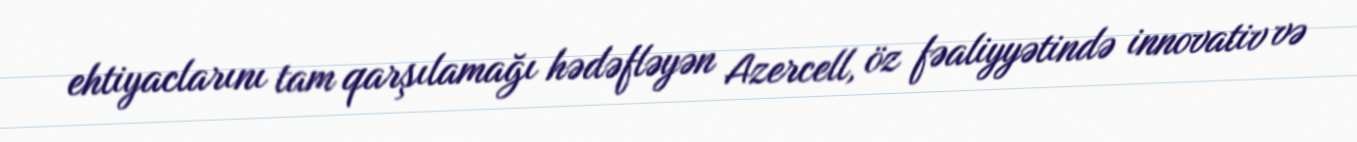
ehtiyaclarını tam qarşılamağı hədəfləyən Azercell, öz fəaliyyətində innovativ və